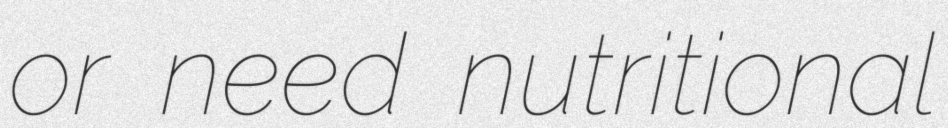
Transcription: or need nutritional